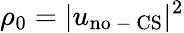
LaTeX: \rho_{0}=|u_{\mathrm{{no\mathrm{~-~}CS}}}|^{2}